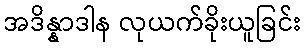
အဒိန္နာဒါန လုယက်ခိုးယူခြင်း